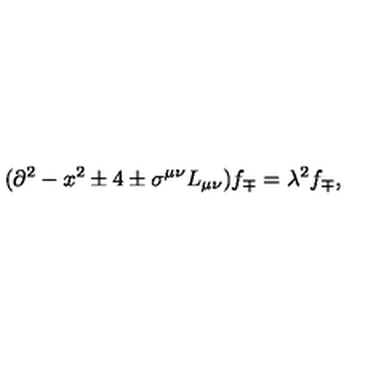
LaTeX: ( \partial ^ { 2 } - x ^ { 2 } \pm 4 \pm \sigma ^ { \mu \nu } L _ { \mu \nu } ) f _ { \mp } = \lambda ^ { 2 } f _ { \mp } ,